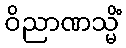
ဝိညာဏသ္မိံ